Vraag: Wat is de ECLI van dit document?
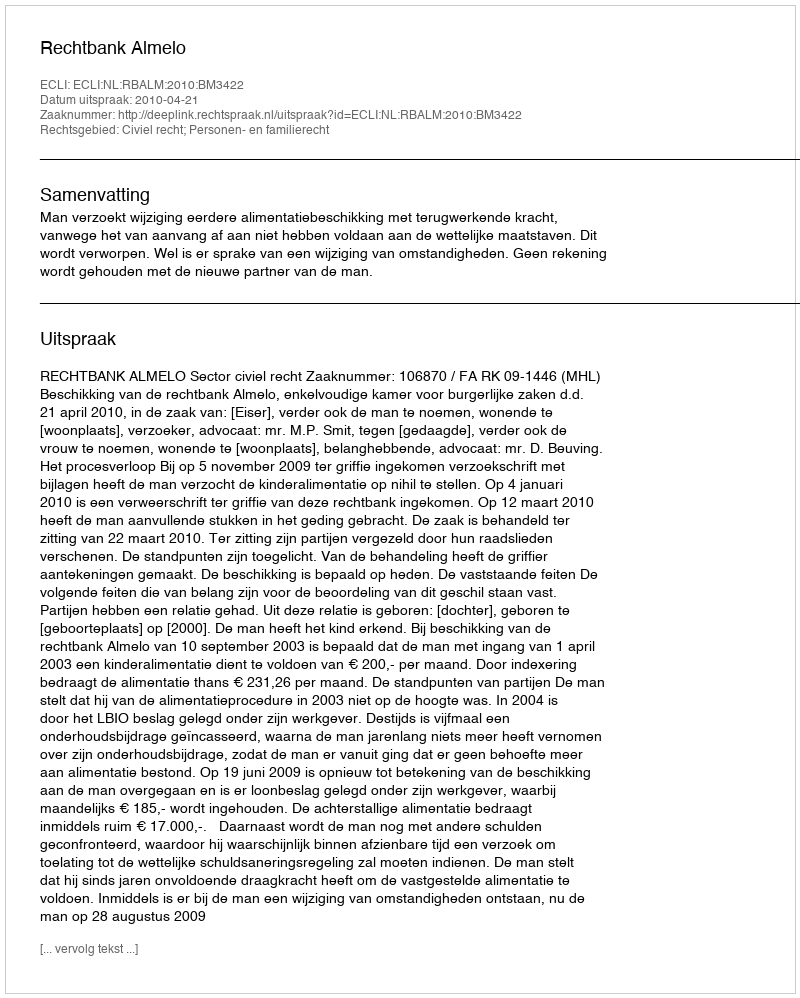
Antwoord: ECLI:NL:RBALM:2010:BM3422